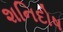
શનિદોષ